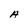
Character: A